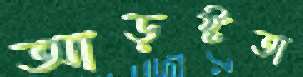
আড়ষ্টতা